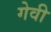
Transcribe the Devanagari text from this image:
गेवी